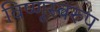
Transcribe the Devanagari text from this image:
विष्णूस्वरुप